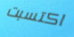
اكتسبت